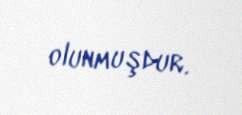
olunmuşdur.